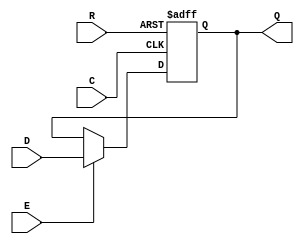
module SB_DFFER (output Q, input C, E, R, D);
	reg Q = 0;
	always @(posedge C, posedge R)
		if (R)
			Q <= 0;
		else if (E)
			Q <= D;
endmodule